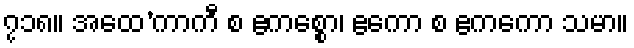
၇၁၈။ အထေ’ကာကီ စ ဧကစ္စော၊ ဧကော စ ဧကကော သမာ။